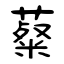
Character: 薒